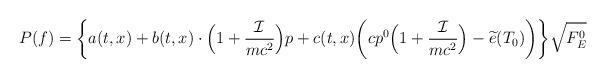
LaTeX: \begin{align*}P(f)=\biggl\{a(t,x)+b(t,x)\cdot\Big(1+\frac{\mathcal{I}}{mc^2}\Big) p+c(t,x)\biggl(cp^0\Big(1+\frac{\mathcal{I}}{mc^2}\Big)-\widetilde{e}(T_0)\biggl)\biggl\}\sqrt{F_E^0}\end{align*}